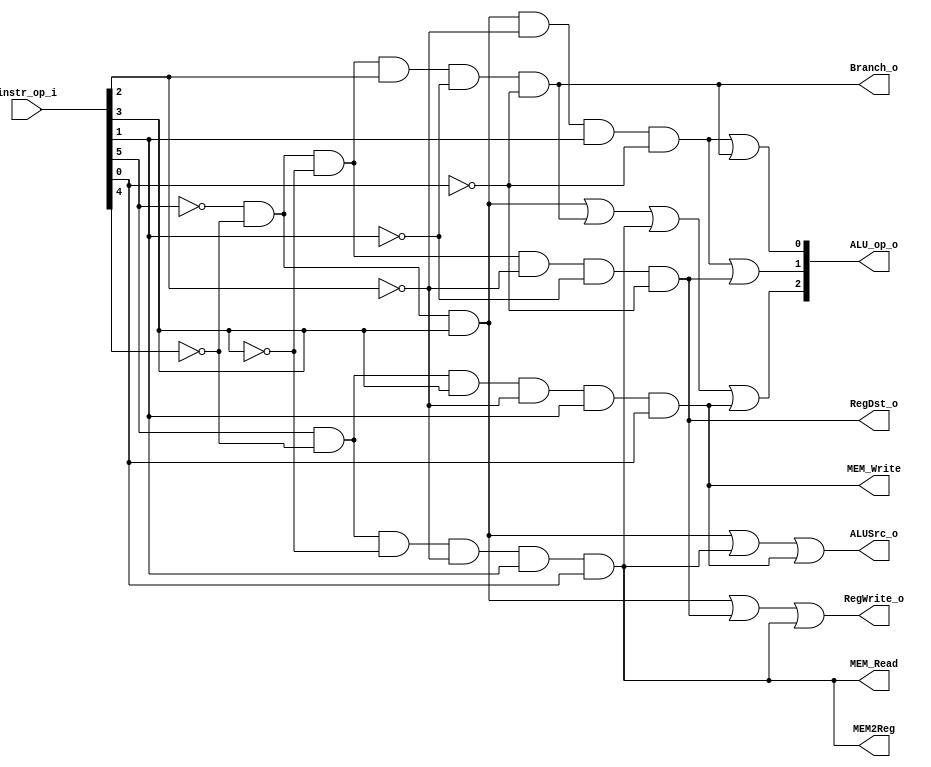
//Student ID: 0310020
//Subject:     CO project 2 - Decoder
//--------------------------------------------------------------------------------
//Version:     1
//--------------------------------------------------------------------------------
//Writer:      Luke
//----------------------------------------------
//----------------------------------------------
//Description: 
//--------------------------------------------------------------------------------

module Decoder(
    instr_op_i,
	RegWrite_o,
	ALU_op_o,
	ALUSrc_o,
	RegDst_o,
	Branch_o,
//	JumpType,
	MEM_Write,
	MEM_Read,
	MEM2Reg
	);
     
//I/O ports
input  [6-1:0] instr_op_i;

output         RegWrite_o;
output [3-1:0] ALU_op_o;
output         ALUSrc_o;
//output [2-1:0] RegDst_o;
output 		   RegDst_o;
output         Branch_o;
//output         JumpType;
output		   MEM_Write;
output 		   MEM_Read;
//output [2-1:0] MEM2Reg;
output 		   MEM2Reg;
 
//Internal Signals
reg    [3-1:0] ALU_op_o;
reg            ALUSrc_o;
reg            RegWrite_o;
//reg    [2-1:0] RegDst_o;
reg    		   RegDst_o;
reg            Branch_o;
//reg            JumpType;
reg			   MEM_Write;
reg			   MEM_Read;
//reg    [2-1:0] MEM2Reg;
reg 		   MEM2Reg;

//Parameter
wire Rformat;
wire Immediate;
wire Slti;
wire Beq;

wire Load;
wire Store;
//wire Jump;
//wire Jal;

assign Rformat = ~instr_op_i[5] & ~instr_op_i[4] & ~instr_op_i[3] & ~instr_op_i[2] & ~instr_op_i[1] & ~instr_op_i[0];

assign Beq = ~instr_op_i[5] & ~instr_op_i[4] & ~instr_op_i[3] & instr_op_i[2] & ~instr_op_i[1] & ~instr_op_i[0];

assign Immediate = ~instr_op_i[5] & ~instr_op_i[4] & instr_op_i[3];

assign Slti = ~instr_op_i[5] & ~instr_op_i[4] & instr_op_i[3] & ~instr_op_i[2] & instr_op_i[1] & ~instr_op_i[0];

assign Load = instr_op_i[5] & ~instr_op_i[4] & ~instr_op_i[3] & ~instr_op_i[2] & instr_op_i[1] & instr_op_i[0];

assign Store = instr_op_i[5] & ~instr_op_i[4] & instr_op_i[3] & ~instr_op_i[2] & instr_op_i[1] & instr_op_i[0];

// assign Jump =  ~instr_op_i[5] & ~instr_op_i[4] & ~instr_op_i[3] & ~instr_op_i[2] & instr_op_i[1] & ~instr_op_i[0];

//assign Jal =  ~instr_op_i[5] & ~instr_op_i[4] & ~instr_op_i[3] & ~instr_op_i[2] & instr_op_i[1] & instr_op_i[0];




//Main function
always@( instr_op_i)begin
//  RegDst_o <= {Jal, Rformat};
  RegDst_o <= Rformat;
  ALUSrc_o <= Immediate | Load | Store;
  RegWrite_o <= Immediate | Rformat | Load;// | Jal;
  Branch_o <= Beq;
  MEM_Write <= Store;
  MEM_Read <= Load;
//  MEM2Reg <= {Jal, Load};
  MEM2Reg <= Load;
//  JumpType <= Jump | Jal;
  ALU_op_o[2] <= Immediate | Beq | Load | Store;
  ALU_op_o[1] <= Slti | Rformat;
  ALU_op_o[0] <= Slti | Beq;
end 
endmodule